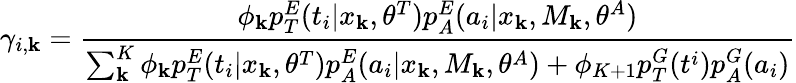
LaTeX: \gamma_{i,\mathbf{k}}=\frac{{\phi_{\mathbf{k}}p_{T}^{E}(t_{i}|x_{\mathbf{k}},\theta^{T})p_{A}^{E}(a_{i}|x_{\mathbf{k}},M_{\mathbf{k}},\theta^{A})}}{{{\sum_{\mathbf{k}}^{K}\phi_{\mathbf{k}}p_{T}^{E}(t_{i}|x_{\mathbf{k}},\theta^{T})p_{A}^{E}(a_{i}|x_{\mathbf{k}},M_{\mathbf{k}},\theta^{A})+\phi_{K+1}p_{T}^{G}(t^{i})p_{A}^{G}(a_{i})}}}